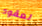
لعقود